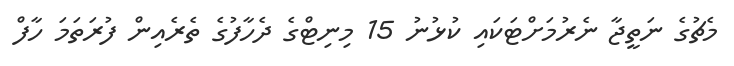
މެޗުގެ ނަތީޖާ ނެރުމަށްޓަކައި ކުޅުނު 15 މިނިޓްގެ ދެހާފުގެ ތެރެއިން ފުރަތަމަ ހާފް